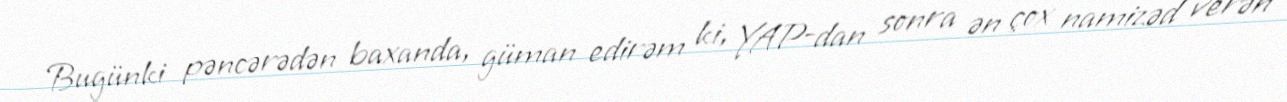
Bugünki pəncərədən baxanda, güman edirəm ki, YAP-dan sonra ən çox namizəd verən